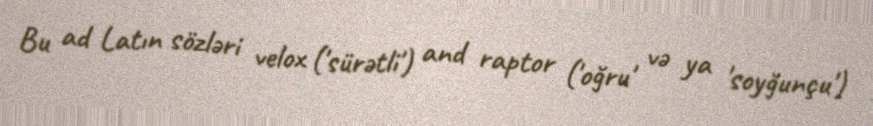
Bu ad Latın sözləri velox ('sürətli') and raptor ('oğru' və ya 'soyğunçu')